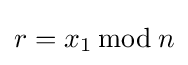
r=x_{1}\,{\bmod {\,}}n